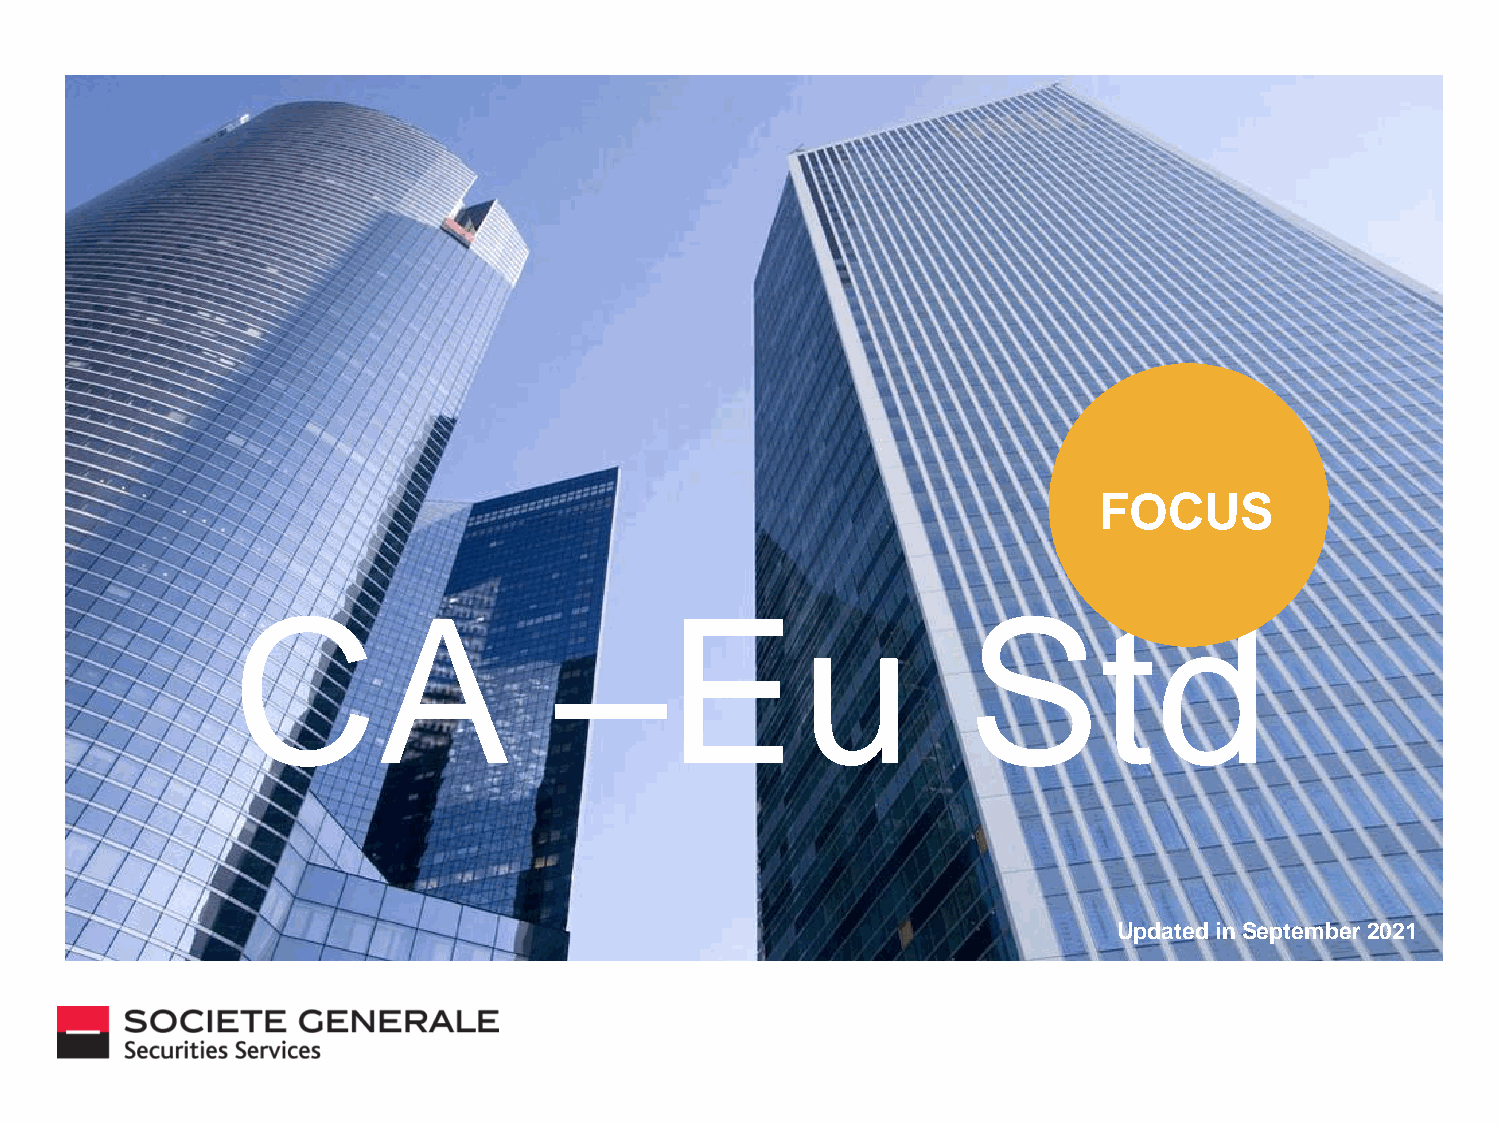
FOCUS
 CA                    –Eu                        Std
 Updated in September2021